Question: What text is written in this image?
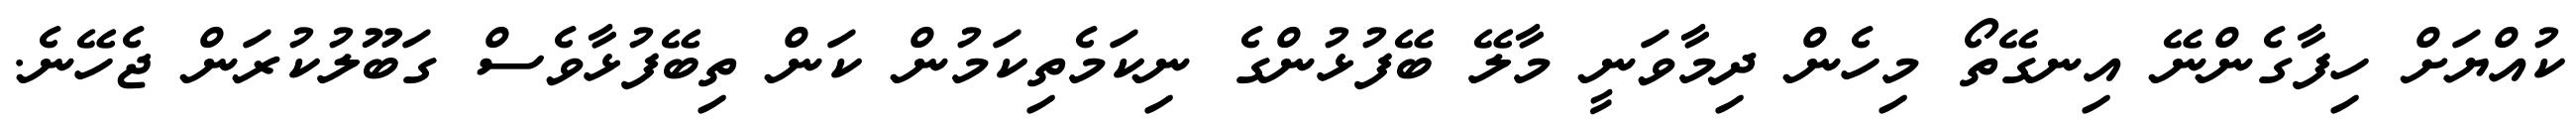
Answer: ކުއްޔަށް ހިފާގެންނޭ އިނގޭތޯ މިހެން ދިމާވަނީ މާލޭ ބޭފުޅުންގެ ނިކަމެތިކަމުން ކަން ތިބޭފުޅާވެސް ގަބޫލުކުރަން ޖެހޭނެ.